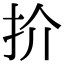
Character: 扴